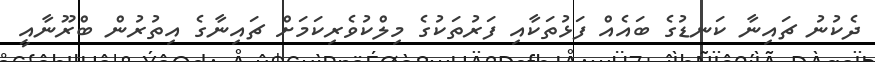
ދެކުނު ޗައިނާ ކަނޑުގެ ބައެއް ފަޅުތަކާއި ފަރުތަކުގެ މިލްކުވެރިކަމަށް ޗައިނާގެ އިތުރުން ބްރޫނާއީ